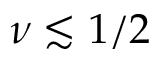
\nu \lesssim 1 / 2